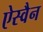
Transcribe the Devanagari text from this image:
ऐस्वैन